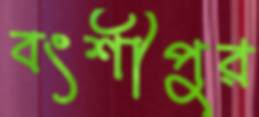
বংশীপুর